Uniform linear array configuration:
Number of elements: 48
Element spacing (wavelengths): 0.25
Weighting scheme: binomial
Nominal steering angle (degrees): -45
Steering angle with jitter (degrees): -45.661
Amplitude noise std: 0.05
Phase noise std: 0.05

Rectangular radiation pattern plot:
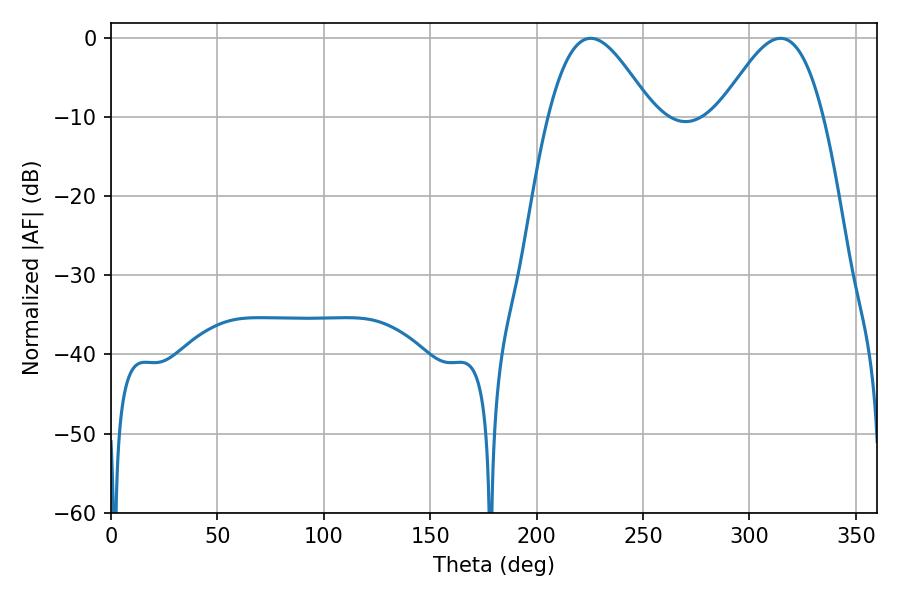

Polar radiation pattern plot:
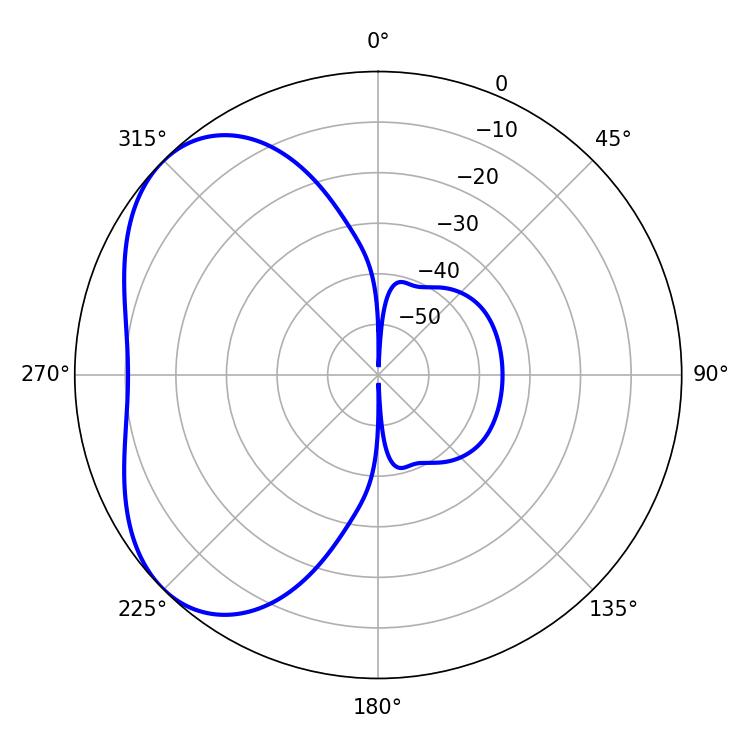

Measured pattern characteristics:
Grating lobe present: FALSE
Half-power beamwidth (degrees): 26.1
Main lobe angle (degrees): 225.36